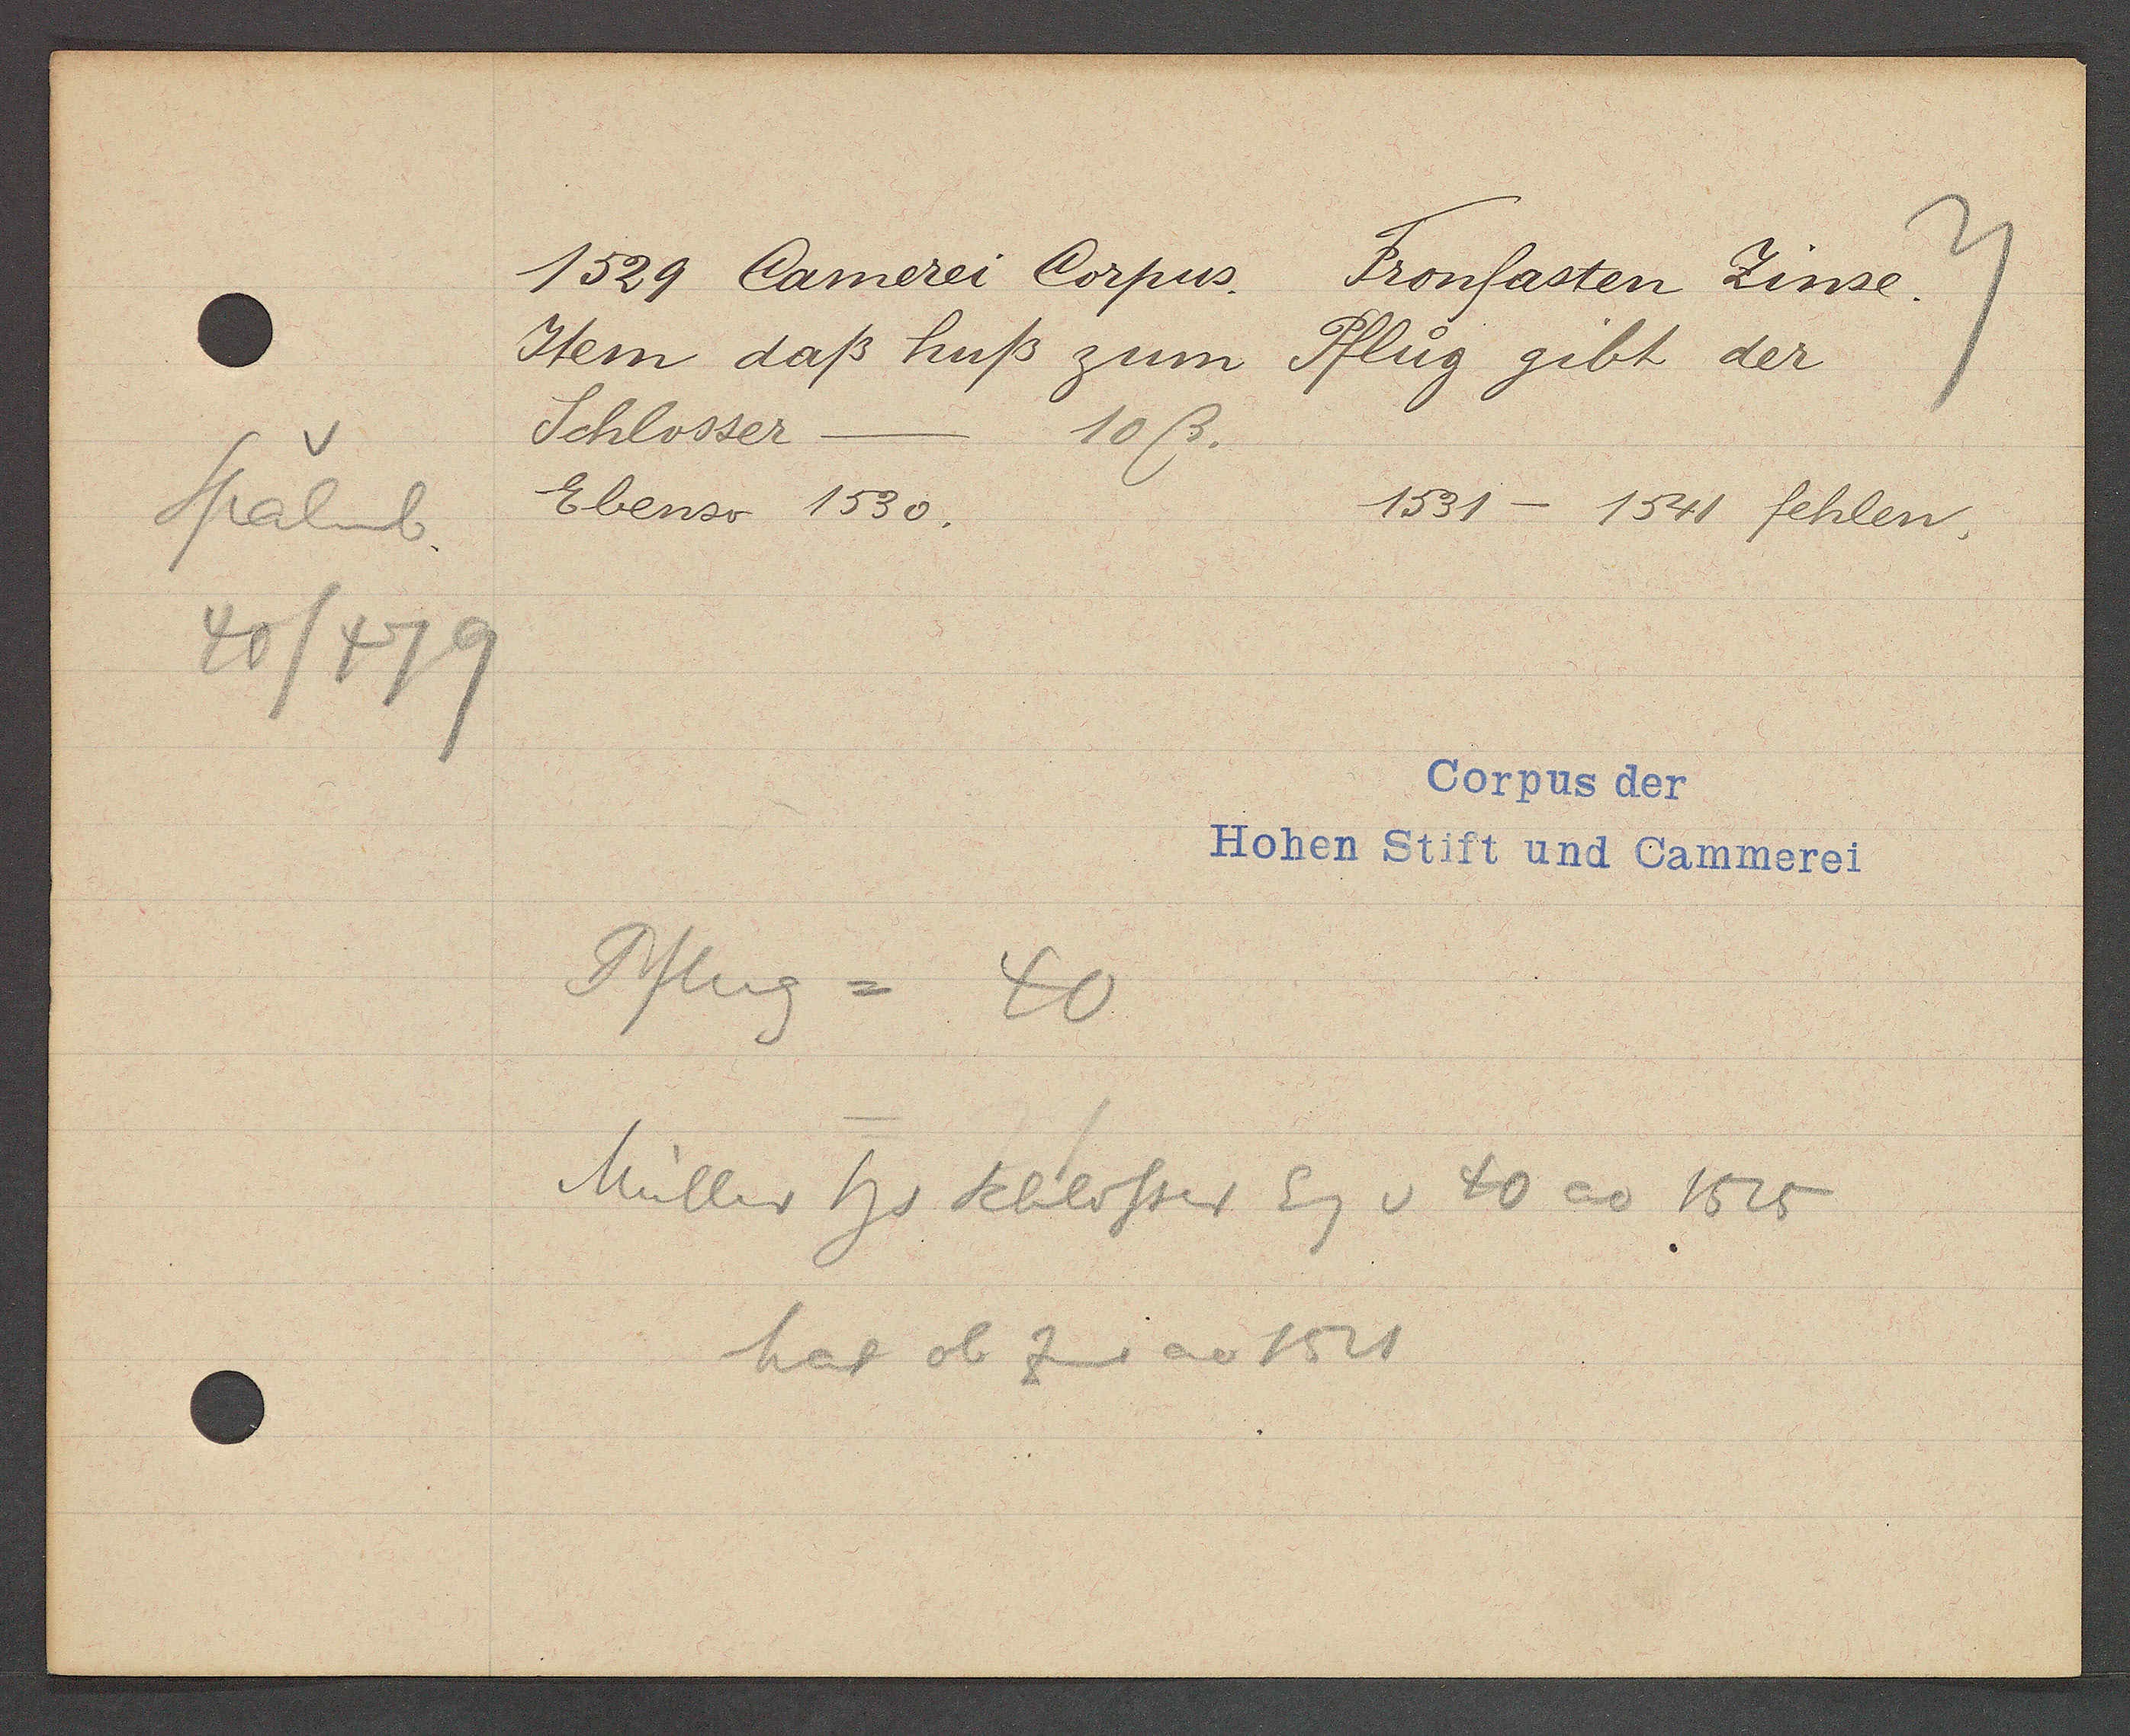
Transcript:
Spalenb
40/479

1529 Camerei Corpus.
Fronfasten Zinse.

Item daß huß zum
Pflug gibt der
Schlosser
10ß.
Ebenso 1530.
1531 - 1541 fehlen,

Corpus der
Hohen Stift und Cammerei

Pflug = 40
Müller hs Schlosser Eg v 40 ao 1525
hat ob Zins ao 1521